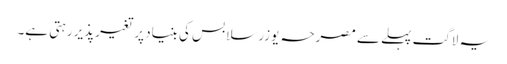
یہ لاگت پہلے سے مصرحہ یوزر سلابس کی بنیاد پر تغیرپذیر رہتی ہے۔